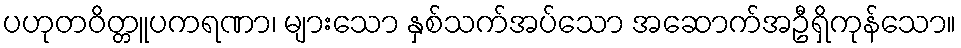
ပဟုတဝိတ္တူပကရဏာ၊ များသော နှစ်သက်အပ်သော အဆောက်အဦရှိကုန်သော။